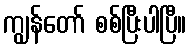
ကျွန်တော် စစ်ပြီးပါပြီ။